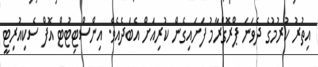
އިތުރު ކުރުމުގެ ދެވަނަ ޕްރޮގްރާމު ފަށައިގެން ކުރިއަށް އެބަދެއެވެ. އިންސްޓިޓުޓް އޮފް ސެކިއުރިޓީ